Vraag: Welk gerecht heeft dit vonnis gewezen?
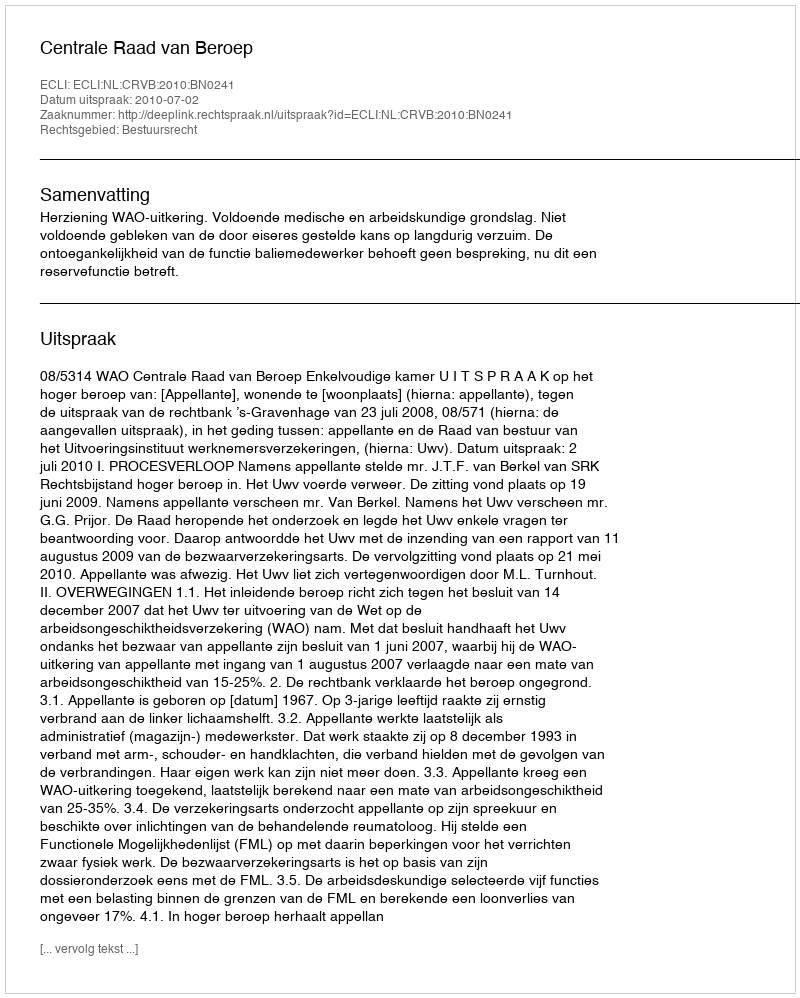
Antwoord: Centrale Raad van Beroep